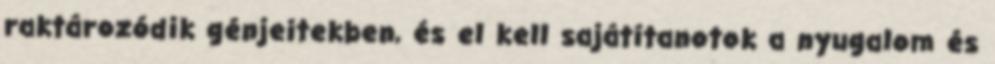
raktározódik génjeitekben, és el kell sajátítanotok a nyugalom és